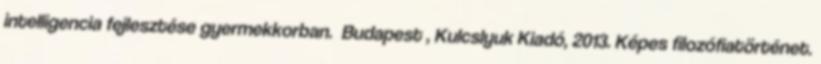
intelligencia fejlesztése gyermekkorban. Budapest , Kulcslyuk Kiadó, 2013. Képes filozófiatörténet.